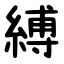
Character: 縛